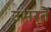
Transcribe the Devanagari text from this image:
उभरतें